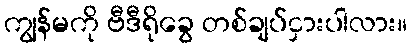
ကျွန်မကို ဗီဒီရိုခွေ တစ်ချပ်ငှားပါလား။